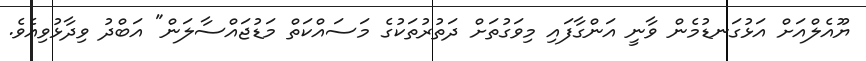
ޔޫއެލްއަށް އަޅުގަނޑުމެން ވާނީ އަންގާފައި މިވަގުތަށް ދަތުރުތަކުގެ މަސައްކަތް މަޑުޖައްސާލަން" އަބްދު ވިދާޅުވިއެވެ.